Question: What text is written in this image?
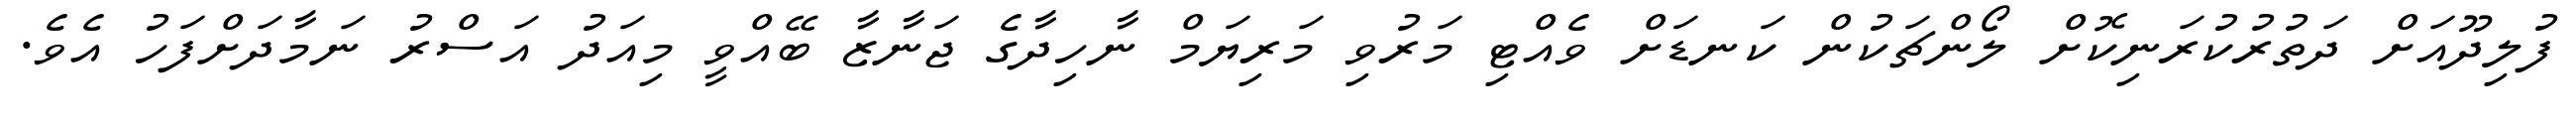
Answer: ފުލިދޫއަށް ދަތުރުކުރަނިކޮށް ލޯންޗަކުން ކަނޑަށް ވެއްޓި މަރުވި މަރިޔަމް ނާހިދާގެ ޖަނާޒާ ބޭއްވީ މިއަދު އަސްރު ނަމާދަށްފަހު އެވެ.